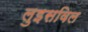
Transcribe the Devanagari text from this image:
लुइसविल